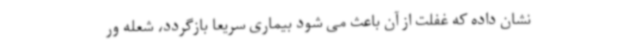
نشان داده که غفلت از آن باعث می شود بیماری سریعا بازگردد، شعله ور